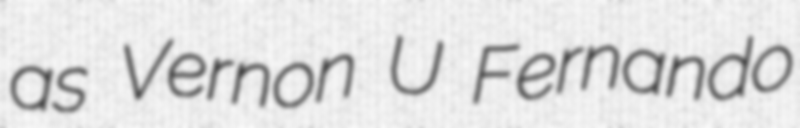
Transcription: as Vernon U Fernando